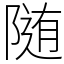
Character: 随